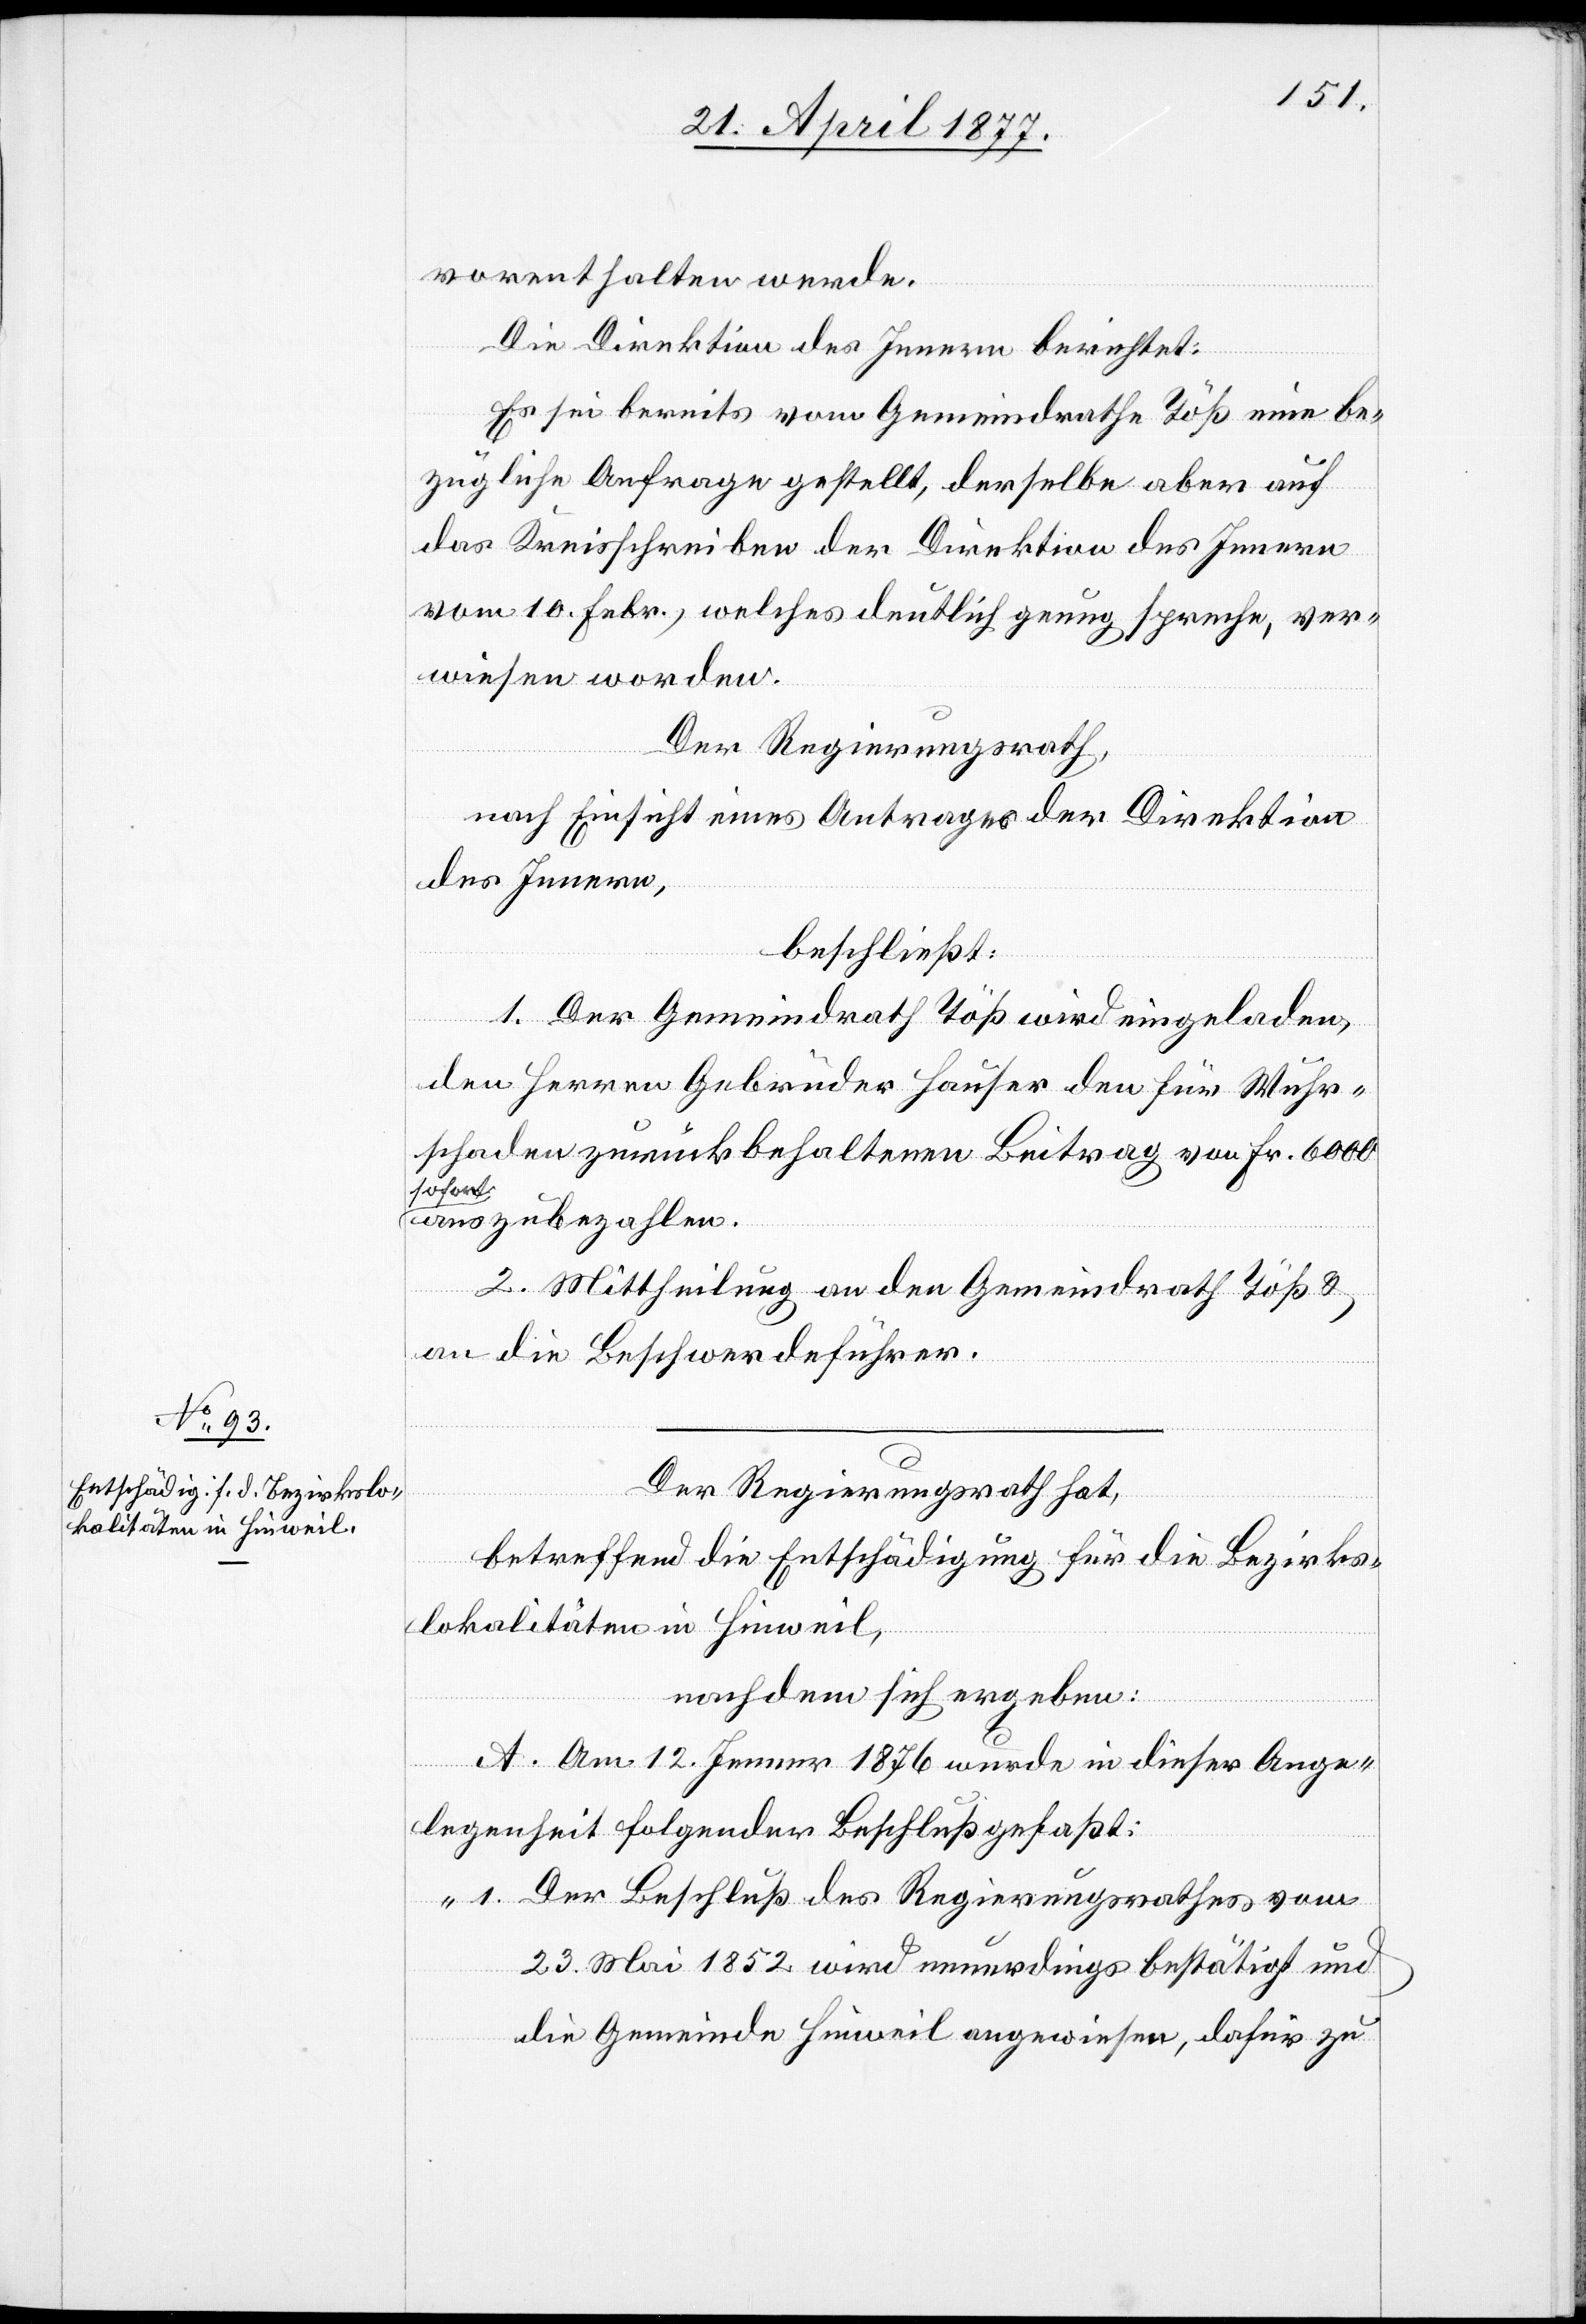
vorenthalten werde.
Die Direktion des Innern berichtet:
Es sei bereits vom Gemeindrathe Töß eine be¬
zügliche Anfrage gestellt, derselbe aber auf
das Kreisschreiben der Direktion des Innern
vom 10. Febr., welches deutlich genug spreche, ver¬
wiesen worden.
Der Regierungsrath,
nach Einsicht eines Antrages der Direktion
des Innern,
beschließt:
1. Der Gemeindrath Töß wird eingeladen,
den Herren Gebrüder Hauser den für Wuhr¬
schaden zurückbehaltenen Beitrag von Fr. 6000
sofort
auszubezahlen.
2. Mittheilung an den Gemeindrath Töß &
an die Beschwerdeführer.
Der Regierungsrath hat,
betreffend die Entschädigung für die Bezirks¬
lokalitäten in Hinweil,
nachdem sich ergeben:
A. Am 12. Jenner 1876 wurde in dieser Ange¬
legenheit folgender Beschluß gefaßt:
„1. Der Beschluß des Regierungsrathes vom
23. Mai 1852 wird neuerdings bestätigt und
die Gemeinde Hinweil angewiesen, dafür zu